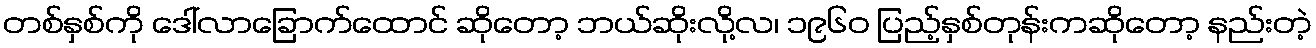
တစ်နှစ်ကို ဒေါ်လာခြောက်ထောင် ဆိုတော့ ဘယ်ဆိုးလို့လ၊ ၁၉၆၀ ပြည့်နှစ်တုန်းကဆိုတော့ နည်းတဲ့